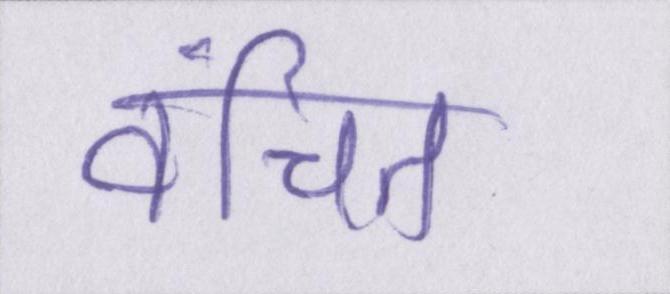
वंचित